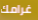
غرامك